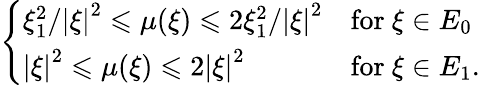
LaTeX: \left\{ \begin{array}{ll}{\xi_{1}^{2}/\left|\xi\right|^{2}\leqslant\mu(\xi)\leqslant 2\xi_{1}^{2}/\left|\xi\right|^{2}}&{\mathrm{for~}\xi\in E_{0}}\\ {\left|\xi\right|^{2}\leqslant\mu(\xi)\leqslant 2\left|\xi\right|^{2}}&{\mathrm{for~}\xi\in E_{1}.}\end{array}\right.